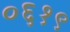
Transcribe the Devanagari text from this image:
०६१९